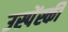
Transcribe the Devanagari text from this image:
उस्पेंस्की